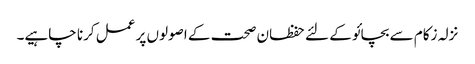
نزلہ زکام سے بچائو کے لئے حفظان صحت کے اصولوں پر عمل کرنا چاہیے۔